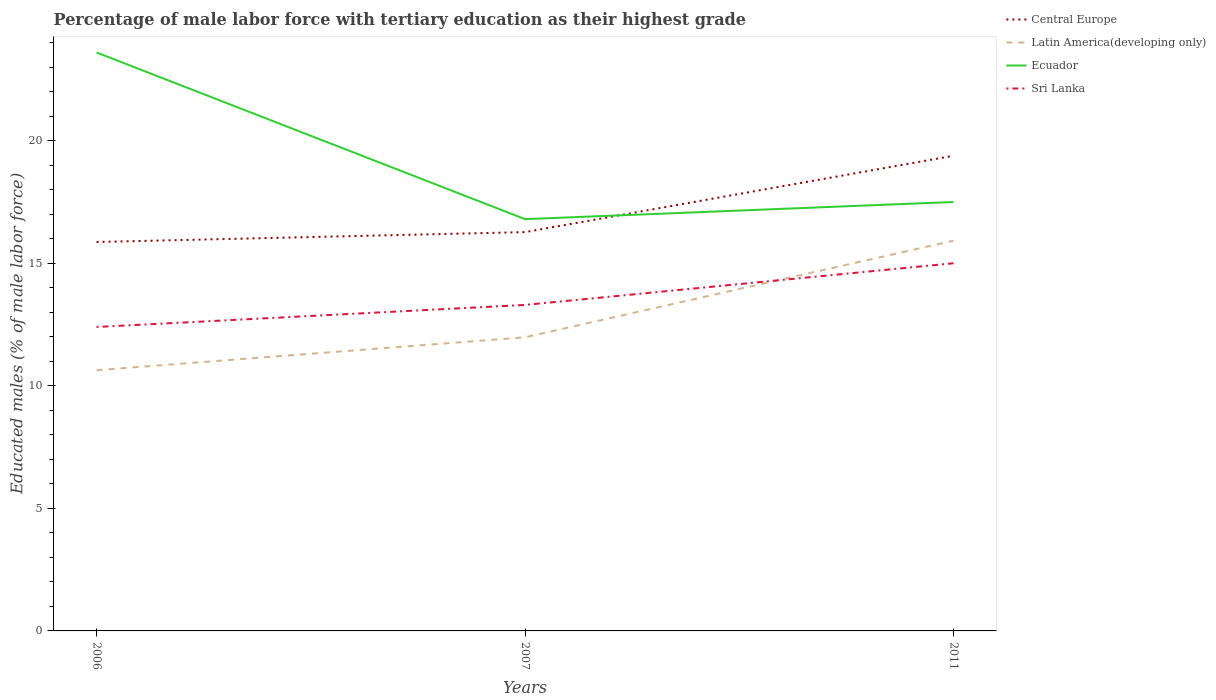
| Years | Central Europe | Latin America(developing only) | Ecuador | Sri Lanka |
 | --- | --- | --- | --- | --- |
 | 2006 | 15.9 | 10.6 | 23.6 | 12.4 |
 | 2007 | 16.3 | 12 | 16.8 | 13.3 |
 | 2011 | 19.4 | 15.9 | 17.5 | 15 |